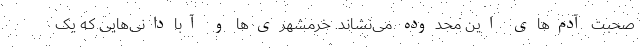
صحبت آدم‌های این محدوده می‌نشاند. خرمشهری‌ها و آبادانی‌هایی که یک